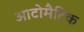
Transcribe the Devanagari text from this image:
आटोमैटिक